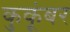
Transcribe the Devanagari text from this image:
कुकूंबर